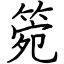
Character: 箢